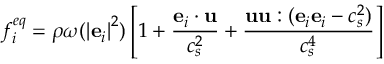
f _ { i } ^ { e q } = \rho \omega ( { \left| { { { \bf { e } } _ { i } } } \right| ^ { 2 } } ) \left[ { 1 + \frac { { { { \bf { e } } _ { i } } \cdot { \bf { u } } } } { { c _ { s } ^ { 2 } } } + \frac { { { \bf { u u } } : ( { { \bf { e } } _ { i } } { { \bf { e } } _ { i } } - c _ { s } ^ { 2 } ) } } { { c _ { s } ^ { 4 } } } } \right]